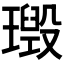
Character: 𱯪